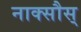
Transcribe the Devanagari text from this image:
नाक्सौस्